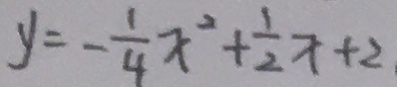
y = - \frac { 1 } { 4 } x ^ { 2 } + \frac { 1 } { 2 } x + 2